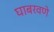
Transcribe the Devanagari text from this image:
घाबरवणे